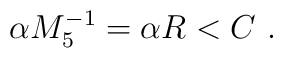
\alpha M_5^{-1} = \alpha R  < C \ .